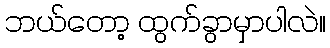
ဘယ်တော့ ထွက်ခွာမှာပါလဲ။